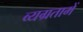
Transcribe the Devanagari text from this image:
व्यग्रतामें